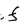
Character: f